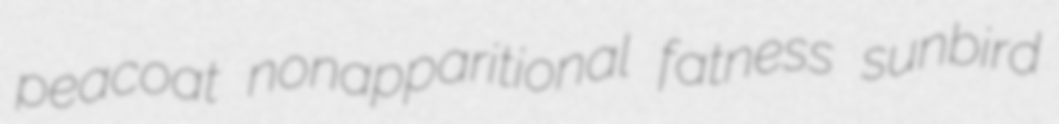
peacoat nonapparitional fatness sunbird